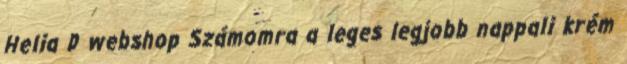
Helia D webshop Számomra a leges legjobb nappali krém